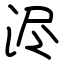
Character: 浕